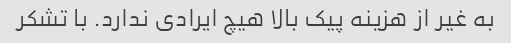
به غیر از هزینه پیک بالا هیچ ایرادی ندارد. با تشکر